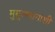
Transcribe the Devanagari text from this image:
मुसुलमानांशी